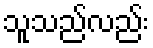
သူသည်လည်း